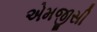
એમજીસી